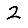
Digit: 2